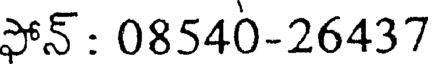
ఫోన్ : 08540-26437